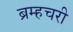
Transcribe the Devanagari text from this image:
ब्रम्हचरी